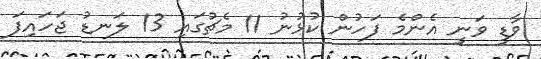
ވާޑީ ވަނީ އެންމެ ފަހުން ކުޅުނު 11 މެޗުގައި 13 ލަނޑު ޖަހައިފަ